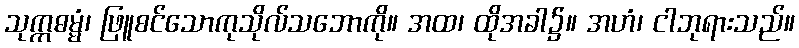
သုက္ကဓမ္မံ၊ ဖြူစင်သောကုသိုလ်သဘောကို။ အထ၊ ထိုအခါ၌။ အဟံ၊ ငါဘုရားသည်။